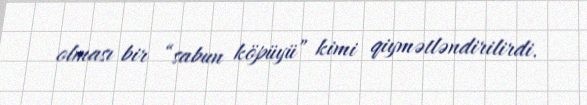
olması bir “sabun köpüyü” kimi qiymətləndirilirdi.